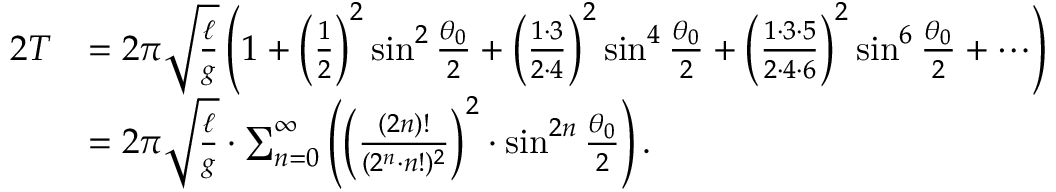
{ \begin{array} { r l } { { 2 } T } & { = 2 \pi { \sqrt { \frac { \ell } { g } } } \left( 1 + \left( { \frac { 1 } { 2 } } \right) ^ { 2 } \sin ^ { 2 } { \frac { \theta _ { 0 } } { 2 } } + \left( { \frac { 1 \cdot 3 } { 2 \cdot 4 } } \right) ^ { 2 } \sin ^ { 4 } { \frac { \theta _ { 0 } } { 2 } } + \left( { \frac { 1 \cdot 3 \cdot 5 } { 2 \cdot 4 \cdot 6 } } \right) ^ { 2 } \sin ^ { 6 } { \frac { \theta _ { 0 } } { 2 } } + \cdots \right) } \\ & { = 2 \pi { \sqrt { \frac { \ell } { g } } } \cdot \sum _ { n = 0 } ^ { \infty } \left( \left( { \frac { ( 2 n ) ! } { ( 2 ^ { n } \cdot n ! ) ^ { 2 } } } \right) ^ { 2 } \cdot \sin ^ { 2 n } { \frac { \theta _ { 0 } } { 2 } } \right) . } \end{array} }